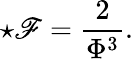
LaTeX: \star\mathscr{F}=\frac{{2}}{{\Phi^{3}}}.